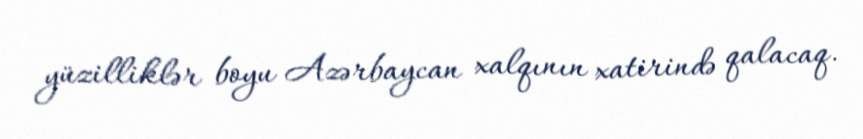
yüzilliklər boyu Azərbaycan xalqının xatirində qalacaq.